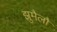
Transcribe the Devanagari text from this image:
झुमैलौ